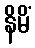
နိမိံ